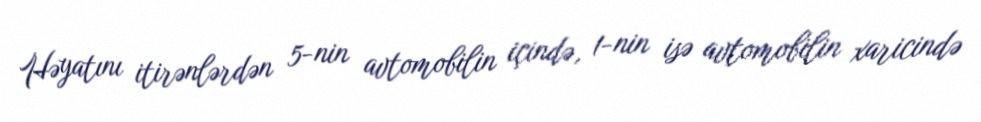
Həyatını itirənlərdən 5-nin avtomobilin içində, 1-nin isə avtomobilin xaricində